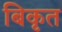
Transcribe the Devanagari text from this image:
बिकृत